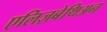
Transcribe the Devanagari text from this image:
एलिज़बेथिअन